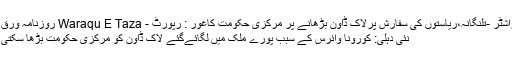
مہاراشٹر -تلنگانہ،ریاستوں کی سفارش پرلاک ڈاون بڑھانے پر مرکزی حکومت کاغور : رپورٹ - Waraqu E Taza روزنامہ ورق تازہ
نئی دہلی: کورونا وائرس کے سبب پورے ملک میں لگائےگئے لاک ڈاون کو مرکزی حکومت بڑھا سکتی ہے۔